Lunatic asylums Punjab 1911-1921 - 1911-1921
Year: 1911
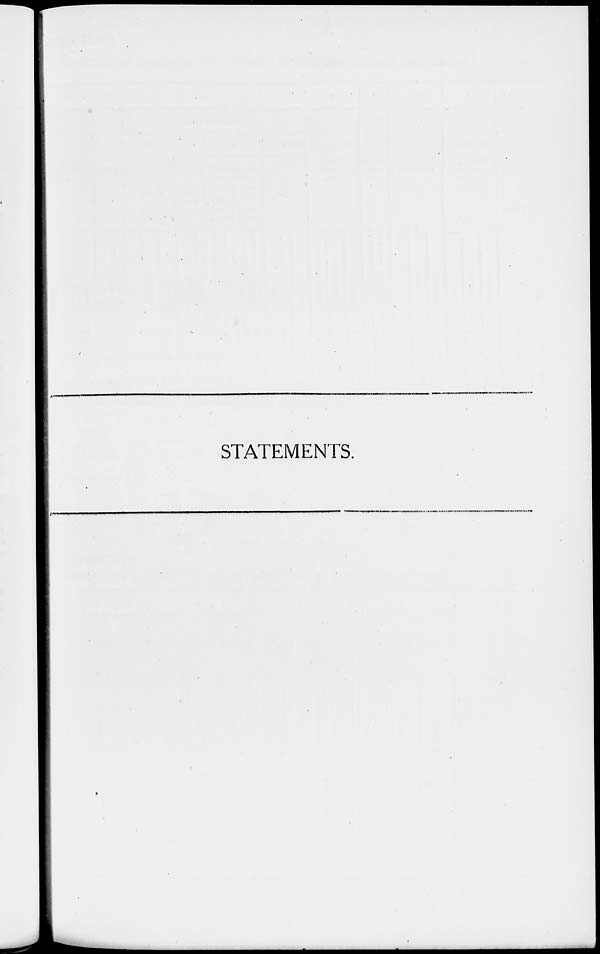
STATEMENTS.